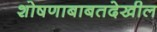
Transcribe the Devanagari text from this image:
शोषणाबाबतदेखील